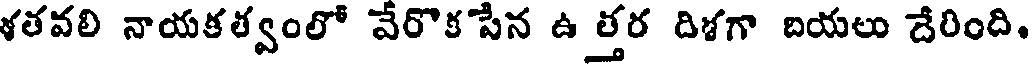
ళతవలి నాయకత్వంలో వేరొక పేన ఉ త్తర దిళగా దియలు దేరింది